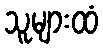
သူများထံ